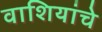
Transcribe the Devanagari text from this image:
वाशियांचे